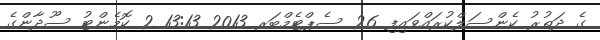
ގެ ދަތުރު ކެންސަލްކުރައްވައިފި 26 ސެޕްޓެމްބަރ 2013 13:13 2 ކޮމެންޓު ސޫދާންގެ